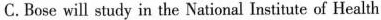
C. Bose will study in the National Institute of Health